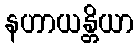
နဟာယန္တိယာ